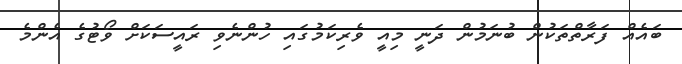
ބައެއް ފަރާތްތަކުން ބުނަމުން ދަނީ މިއީ ވެރިކަމުގައި ހުންނެވި ރައީސަކަށް ވޯޓުގެ އެންމެ